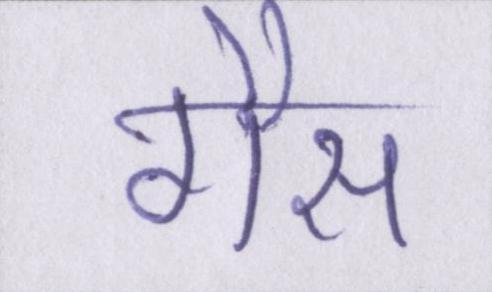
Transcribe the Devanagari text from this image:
गैस